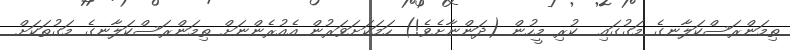
ތިމަންރަސްކަލާނގެ މަގުގައި  ކުރި މީހުން (ދަންނާށެވެ!) ހަމަކަށަވަރުން އެއުރެންނަށް ތިމަންރަސްކަލާނގެ މަގުތަކަށް